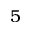
5